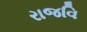
રાજવિ